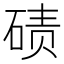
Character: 碛